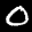
Label: 0